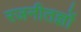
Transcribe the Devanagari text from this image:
रजनीतज्ञों